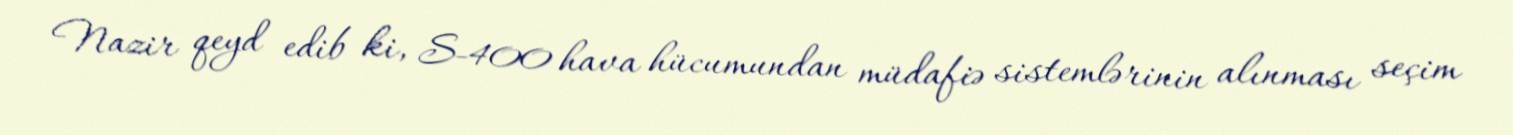
Nazir qeyd edib ki, S-400 hava hücumundan müdafiə sistemlərinin alınması seçim